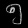
Digit: ၅